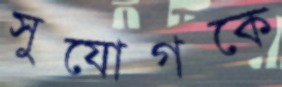
সুযোগকে